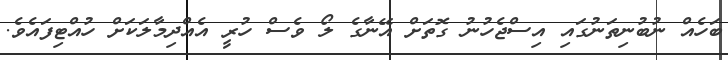
ބަހެއް ނުބުނިތަނުގައި އިސްޖެހުނު ގޮތަށް އޭނާގެ ލޯ ވެސް ހުރީ އެއްދިމާލަކަށް ހުއްޓިފައެވެ.